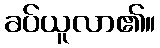
ခပ်ယူလာ၏။